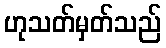
ဟုသတ်မှတ်သည်